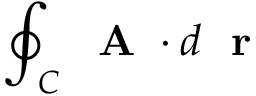
\oint _ { C } \mathrm { ~ \bf ~ A ~ } \cdot d \mathrm { ~ \bf ~ r ~ }